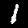
Digit: 1